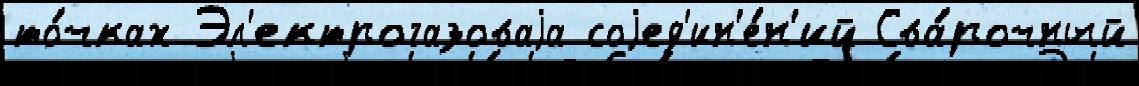
то́чках Эл'ектрогазоваjа соjед'ин'е́н'ий Сва́рочный